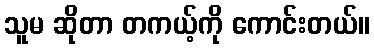
သူမ ဆိုတာ တကယ့်ကို ကောင်းတယ်။